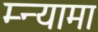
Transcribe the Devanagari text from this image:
म्न्यामा